Investigations into the jail dietaries of the United Provinces with some observations on the influence of dietary on the physical development and well-being of the people of the United Provinces - Number 48
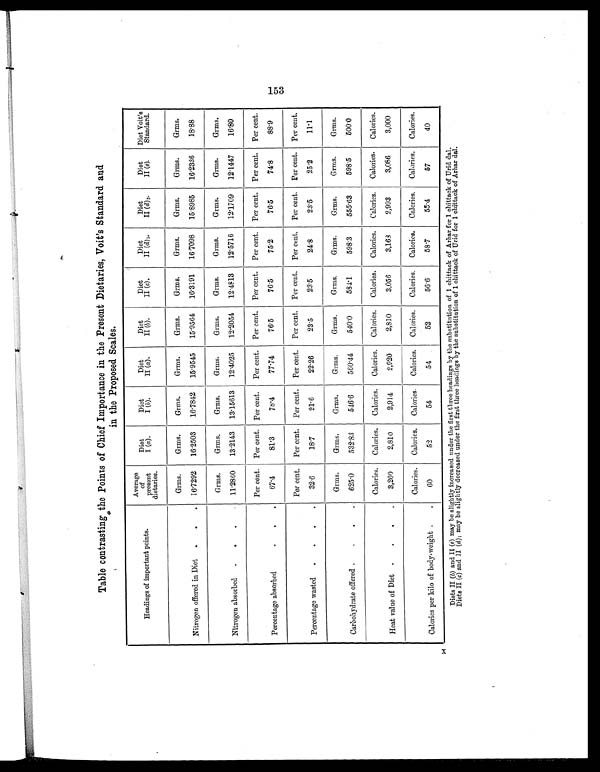
Table contrasting the Points of Chief Importance in the Present Dietaries, Voit's Standard and
in the Proposed Scales.
Headings of important points.
Average
of
present
dietaries.
Diet
I (a).
Diet
I (b).
Diet
II (a).
Diet
II (b).
Diet
II (c).
Diet
II (d)1.
Diet
II (d) 2.
Diet
II (e).
Diet Voit's
Standard.
Grms.
Grms.
Grms.
Grms.
Grms.
Grms.
Grms.
Grms.
Grms.
Grms.
Nitrogen offered in Diet .
.
. 16.7292 16.2503 16.7842 15.9545 15.9564 16.3191 16.7098 15.8985 16.2336
18.88
Grms.
Grms.
Grms.
Grms.
Grms.
Grms.
Grms.
Grms.
Grms.
Grms.
Nitrogen absorbed .
. .
. 11.2860 13.2143 13.15613 12.4025 12.2054 12.4813 12.5716 12.1709 12.1447
16.80
Per cent. Per cent. Per cent. Per cent. Per cent. Per cent. Per cent. Per cent. Per cent. Per cent.
Percentage absorbed
.
.
.
67.4
81.3
78.4
77.74
76.5
76.5
75.2
76.5
74.8
88.9
Per cent. Per cent. Per cent. Per cent. Per cent. Per cent. Per cent. Per cent. Per cent. Per cent.
Percentage wasted .
.
.
.
32.6
18.7
21.6
22.26
23.5
23.5
24.8
23.5
25.2
11.l
Grms.
Grms.
Grms.
Grms.
Grms.
Grms.
Grms.
Grms.
Grms.
Grms.
Carbohydrate offered .
.
.
. 625.0
532.83
546.6
560.44
540.0
584.1
598.3
555.63
598.5
500.0
Calories. Calories. Calories. Calories. Calories. Calories. Calories. Calories. Calories. Calories.
Heat value of Diet .
.
.
.
3,260
2,810
2,914
2,920
2,810
3,056
3,168
2,993
3,086
3,000
Calories. Calories. Calories. Calories. Calories. Calories. Calories. Calories. Calories. Calories.
Calories per kilo of body-weight .
.
60
52
54
54
52
56.6
58.7
55.4
57
40
Diets II (b) and II (e ) may be slightly increased under the first three headings by the substitution of 1 chittack of Arhar for 1 chittack of Urid dal.
Diets II (c) and II (d) 1 may be slightly decreased under the first three headings by the substitution of 1 chittack of Urid for 1 chittack of Arhar dal.
153